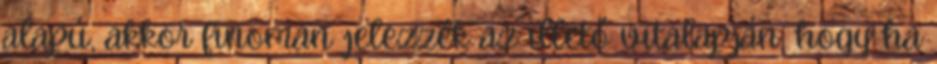
alapú, akkor finoman jelezzék az illető vitalapján, hogy ha